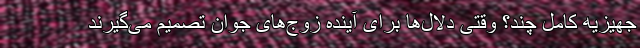
جهیزیه کامل چند؟ وقتی دلال‌ها برای آینده زوج‌های جوان تصمیم می‌گیرند